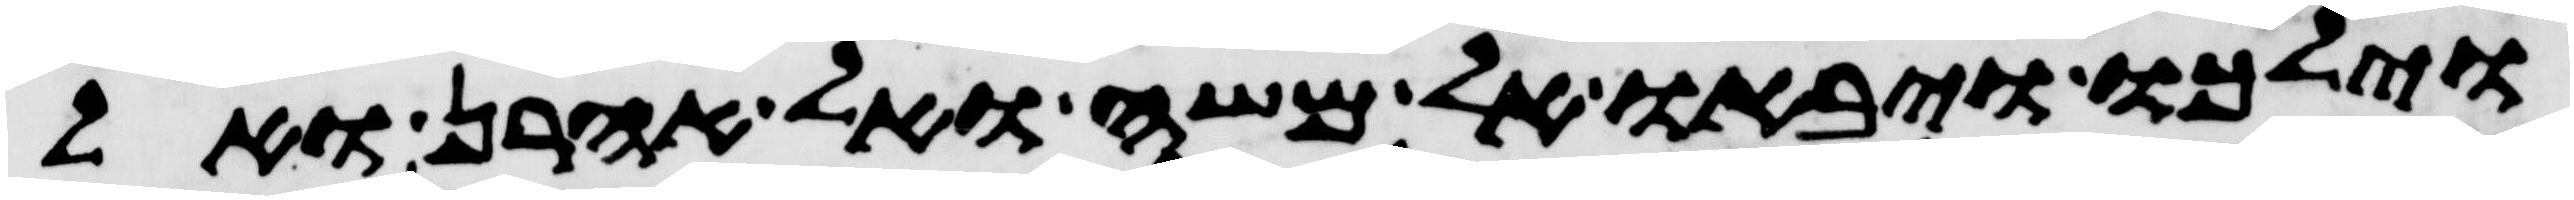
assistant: וילכו ויבאו אל משה ואל אהרן ואל